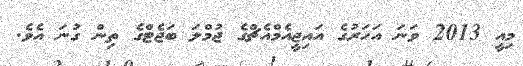
މިއީ 2013 ވަނަ އަހަރުގެ އައިޖީއެމްއެޗްގެ ޖުމްލަ ބަޖެޓްގެ ތިން ގުނަ އެވެ.